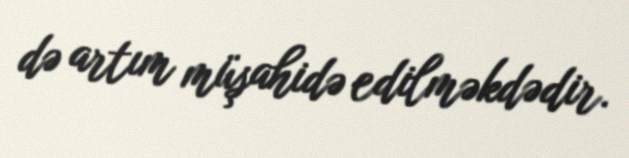
də artım müşahidə edilməkdədir.